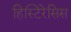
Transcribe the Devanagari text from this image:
हिस्टिरेसिस